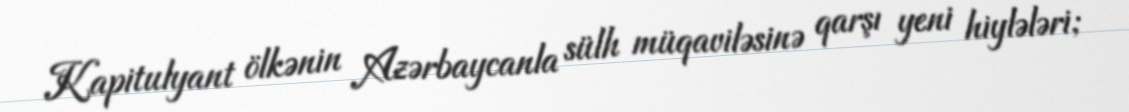
Kapitulyant ölkənin Azərbaycanla sülh müqaviləsinə qarşı yeni hiylələri;